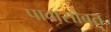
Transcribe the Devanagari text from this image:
पावासोबत